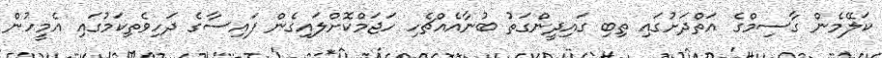
ކަލޭމެން ގާސިމްގެ އަތްދަށުގައި ތިބި ގައިދީންގަތު ބުނާއެއްޗެހި ހަޖަމްކޮށްލައިގެން ފައިސާގެ ދަހިވެތިކަމުގައި އެމީހުން